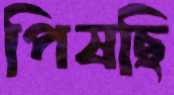
পিষছি